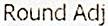
ROUND ADJ